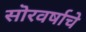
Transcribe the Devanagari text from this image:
सॊरवर्षाचे